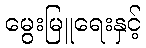
မွေးမြူရေးနှင့်